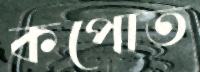
কপোত